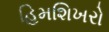
હિમશિખરો